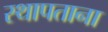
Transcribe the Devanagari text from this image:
स्थापताना